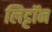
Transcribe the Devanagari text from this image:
लिट्टॉन